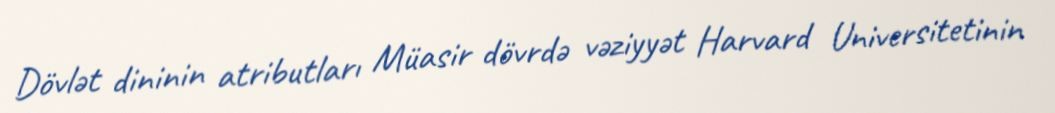
Dövlət dininin atributları Müasir dövrdə vəziyyət Harvard Universitetinin